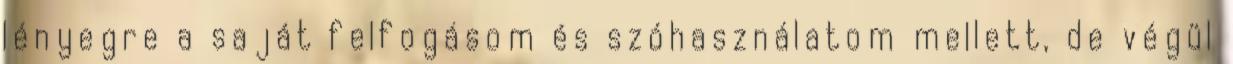
lényegre a saját felfogásom és szóhasználatom mellett, de végül